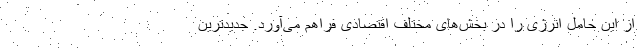
از این حامل انرژی را در بخش‌های مختلف اقتصادی فراهم می‌آورد. جدیدترین